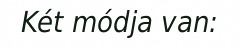
Két módja van: